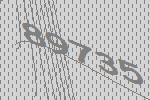
89735